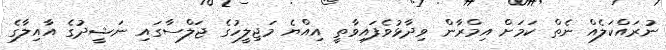
ނުރައްކަލެއް ނެތް ކަމަށް އިމްރާން ވިދާޅުވެފައިވާތީ އިއްޔެ މަޖިލީހުގެ ޖަލްސާގައި ނަޝީދުގެ އާއިލާގެ